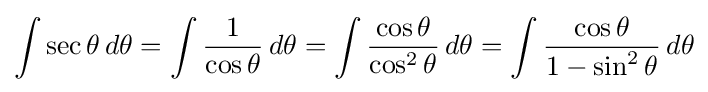
\int \sec \theta \,d\theta =\int {\frac {1}{\cos \theta }}\,d\theta =\int {\frac {\cos \theta }{\cos ^{2}\theta }}\,d\theta =\int {\frac {\cos \theta }{1-\sin ^{2}\theta }}\,d\theta